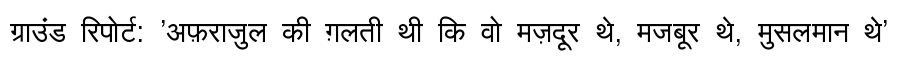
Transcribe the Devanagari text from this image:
ग्राउंड रिपोर्ट: 'अफ़राजुल की ग़लती थी कि वो मज़दूर थे, मजबूर थे, मुसलमान थे'